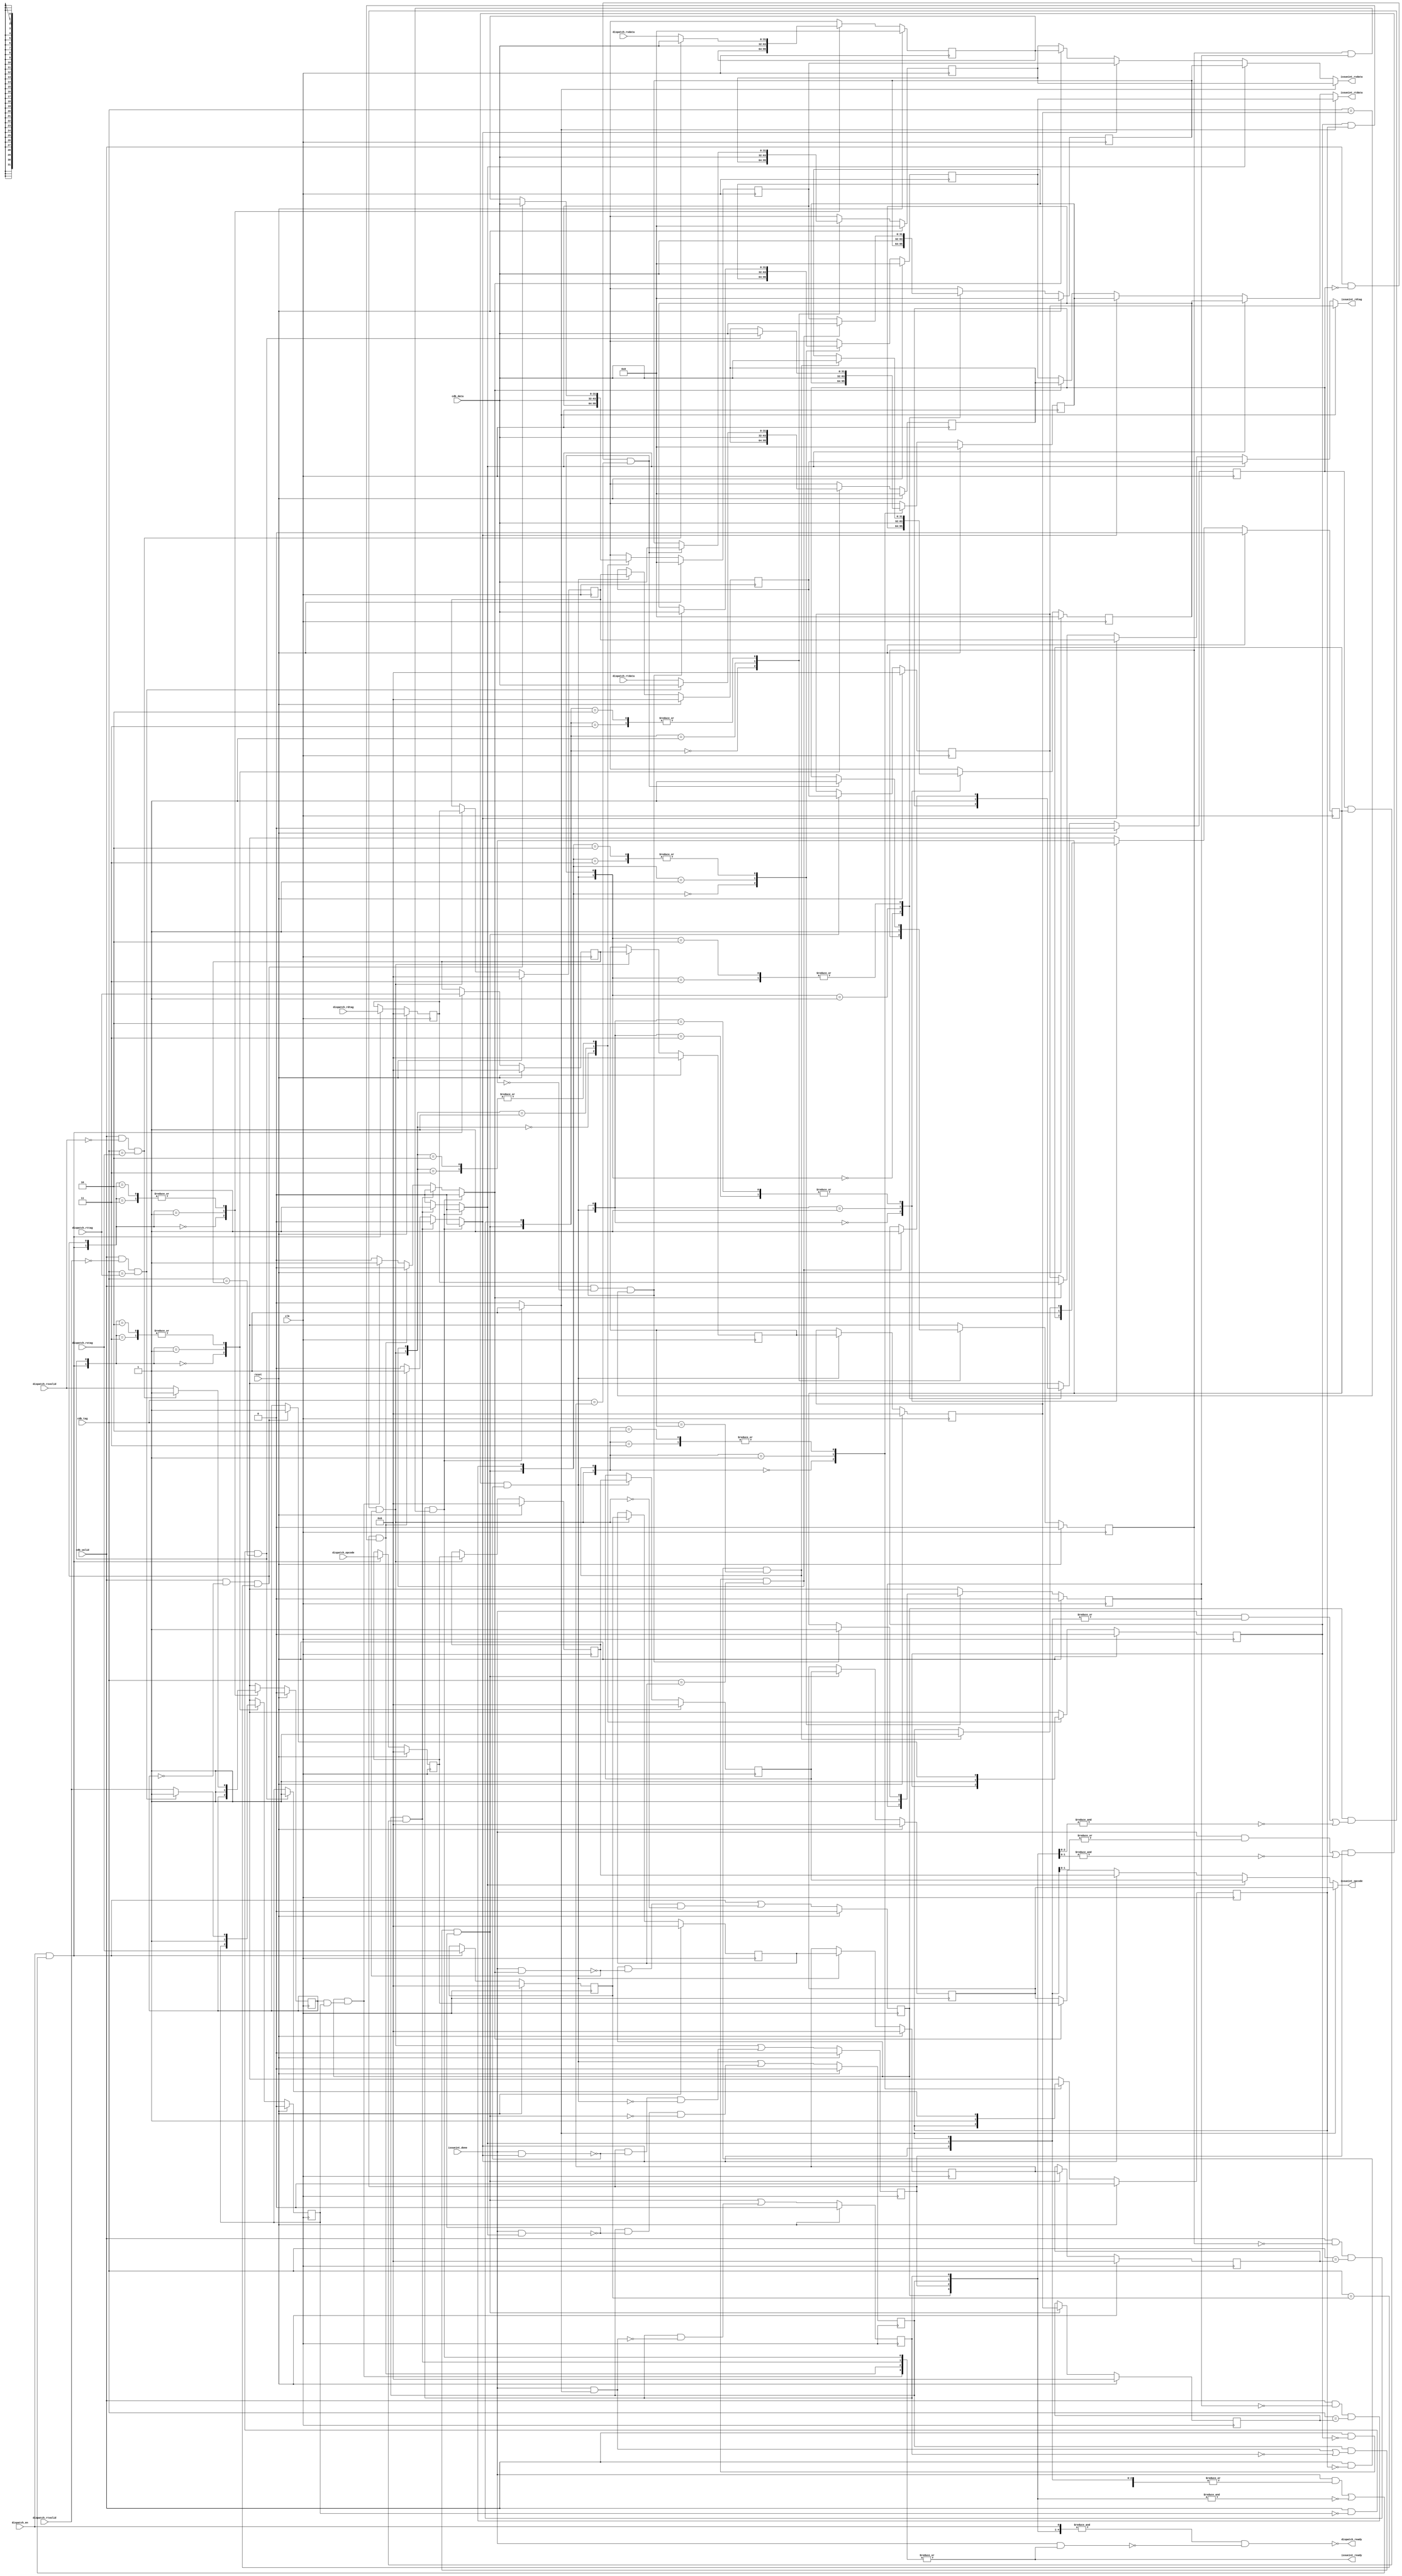

`ifndef EQUEUEINT_V
`define EQUEUEINT_V

`timescale 1ns/1ps

module equeueint (
   input             clk,
   input             reset,

   input      [ 5:0] dispatch_opcode,
   input      [ 5:0] dispatch_rdtag,
   input      [ 5:0] dispatch_rstag,
   input      [ 5:0] dispatch_rttag,
   input      [31:0] dispatch_rsdata,
   input      [31:0] dispatch_rtdata,
   input             dispatch_rsvalid,
   input             dispatch_rtvalid,
   input             dispatch_en,
   output reg        dispatch_ready,

   input      [ 5:0] cdb_tag,
   input      [31:0] cdb_data,
   input             cdb_valid,

   output reg [ 5:0] issueint_opcode,
   output reg [ 5:0] issueint_rdtag,
   output reg [31:0] issueint_rsdata,
   output reg [31:0] issueint_rtdata,
   output reg        issueint_ready,
   input             issueint_done
);

   localparam N_SREG = 4;

   reg [ 5:0] inst_opcode_r [N_SREG:0], inst_opcode [N_SREG-1:0];
   reg [ 5:0] inst_rdtag_r  [N_SREG:0], inst_rdtag  [N_SREG-1:0];
   reg [ 5:0] inst_rstag_r  [N_SREG:0], inst_rstag  [N_SREG-1:0];
   reg [ 5:0] inst_rttag_r  [N_SREG:0], inst_rttag  [N_SREG-1:0];
   reg [31:0] inst_rsdata_r [N_SREG:0], inst_rsdata [N_SREG-1:0];
   reg [31:0] inst_rtdata_r [N_SREG:0], inst_rtdata [N_SREG-1:0];
   reg        inst_rsvalid_r[N_SREG:0], inst_rsvalid[N_SREG-1:0];
   reg        inst_rtvalid_r[N_SREG:0], inst_rtvalid[N_SREG-1:0];
   reg        inst_valid_r  [N_SREG:0], inst_valid  [N_SREG-1:0];

   // RS and RT update require an extra register to ease shifting
   // and updating at the same time. MSB is always zero.
   reg do_rs_update [N_SREG:0];
   reg do_rt_update [N_SREG:0];
   reg do_shift     [N_SREG-1:0];
   reg inst_selected[N_SREG-1:0];
   reg inst_ready   [N_SREG-1:0];

   always @(*) begin : equeueint_fake_reg_proc
      integer i;
      // The top register is fake, it just stores (no flops) the input from
      // dispatch unit. Used to simplify register shifting and updating.
      inst_opcode_r [N_SREG] = dispatch_opcode;
      inst_rdtag_r  [N_SREG] = dispatch_rdtag;
      inst_rstag_r  [N_SREG] = dispatch_rstag;
      inst_rttag_r  [N_SREG] = dispatch_rttag;
      inst_rsdata_r [N_SREG] = dispatch_rsdata;
      inst_rtdata_r [N_SREG] = dispatch_rtdata;
      inst_rsvalid_r[N_SREG] = dispatch_rsvalid;
      inst_rtvalid_r[N_SREG] = dispatch_rtvalid;
      inst_valid_r  [N_SREG] = dispatch_en;
   end

   always @(cdb_valid, inst_valid_r[3], inst_valid_r[2], inst_valid_r[1], inst_valid_r[0], cdb_tag, inst_rsvalid_r[3], inst_rsvalid_r[2], inst_rsvalid_r[1], inst_rsvalid_r[0], inst_rtvalid_r[3], inst_rtvalid_r[2], inst_rtvalid_r[1], inst_rtvalid_r[0],inst_rstag_r[3], inst_rstag_r[2], inst_rstag_r[1], inst_rstag_r[0], inst_rttag_r[3], inst_rttag_r[2], inst_rttag_r[1], inst_rttag_r[0]) begin : equeueint_update_flags_proc
      integer i;
      //for (i = 0; i < N_SREG; i = i + 1) begin
      // Check if both operands have been solved.
      // inst_ready[i] = inst_rsvalid_r[i] & inst_rtvalid_r[i];
      //end
      inst_ready[3] = inst_rsvalid_r[3] & inst_rtvalid_r[3];
      inst_ready[2] = inst_rsvalid_r[2] & inst_rtvalid_r[2];
      inst_ready[1] = inst_rsvalid_r[1] & inst_rtvalid_r[1];
      inst_ready[0] = inst_rsvalid_r[0] & inst_rtvalid_r[0];


      for (i = 0; i < N_SREG + 1; i = i + 1) begin
         // Check if published data from CDB matches a tag in any of the
         // pending instructions.
         do_rs_update[i] = cdb_valid & ~inst_rsvalid_r[i] & cdb_tag == inst_rstag_r[i];
         do_rt_update[i] = cdb_valid & ~inst_rtvalid_r[i] & cdb_tag == inst_rttag_r[i];
      end

      // One hot instruction selector, set to one if instruction is valid and
      // ready to execute.
      for (i = 0; i < N_SREG; i = i + 1) inst_selected[i] = 1'b0;
      begin : equeueint_inst_select_mux
			
			if (inst_valid_r[0] & inst_ready[0]) inst_selected[0] = 1'b1;
			else if (inst_valid_r[1] & inst_ready[1]) inst_selected[1] = 1'b1;
			else if (inst_valid_r[2] & inst_ready[2]) inst_selected[2] = 1'b1;
			else if (inst_valid_r[3] & inst_ready[3]) inst_selected[3] = 1'b1;
      //   for (i = 0; i < N_SREG; i = i + 1) begin
      //      if (inst_valid_r[i] & inst_ready[i]) begin
      //         inst_selected[i] = 1'b1;
      //         disable equeueint_inst_select_mux;
      //      end
      //   end
      end
   end
    
	 reg [N_SREG  :0] valid_r;
	 reg [N_SREG-1:0] selected;

	 
   always @(issueint_done, valid_r[4],valid_r[3],valid_r[2],valid_r[1],valid_r[0],inst_valid_r[4],inst_valid_r[3],inst_valid_r[2],inst_valid_r[1],inst_valid_r[0],selected[3],selected[2],selected[1],selected[0], inst_selected[3], inst_selected[2], inst_selected[1], inst_selected[0]) begin : equeueint_do_shift_calc_proc
      integer i;
		
    
      for (i = 0; i < N_SREG + 1; i = i + 1) valid_r[i]  = inst_valid_r[i];
      for (i = 0; i < N_SREG;     i = i + 1) selected[i] = inst_selected[i];

      //
      // TODO: replace with a for loop. Can't do reduction & or | unless array
      //       boundary is specified as a constant (not as "selected[i:0]").
      //
      // Shift registers when:
      //          +------------+-----------------------------------------------------------+--------------------------------
      //          | Upper reg  |  There is some space available. Some registers are either | Upper register is not
      //          | is valid.  |  disabled or are already being dispatched.                | being dispatched.
      //          +------------+-----------------------------------------------------------+--------------------------------
      do_shift[3] = valid_r[4] & ( (issueint_done & (|selected[3:0])) | ~(&valid_r[3:0]) );
      do_shift[2] = valid_r[3] & ( (issueint_done & (|selected[2:0])) | ~(&valid_r[2:0]) ) & ~(issueint_done & selected[3]);
      do_shift[1] = valid_r[2] & ( (issueint_done & (|selected[1:0])) | ~(&valid_r[1:0]) ) & ~(issueint_done & selected[2]);
      do_shift[0] = valid_r[1] & ( (issueint_done & (|selected[0:0])) | ~(&valid_r[0:0]) ) & ~(issueint_done & selected[1]);
      // Registers are valid when:
      //            +-------------+----------------------------------------------+---------------
      //            | If we shift | Register is not currently being dispatched.  | Lower reg
      //            | current reg |                                              | is stalled.
      //            | then upper  |                                              |
      //            | must be     |                                              |
      //            | valid       |                                              |
      //            +-------------+----------------------------------------------+---------------
      inst_valid[3] = do_shift[3] | ( valid_r[3] & ~(issueint_done & selected[3]) & ~do_shift[2] );
      inst_valid[2] = do_shift[2] | ( valid_r[2] & ~(issueint_done & selected[2]) & ~do_shift[1] );
      inst_valid[1] = do_shift[1] | ( valid_r[1] & ~(issueint_done & selected[1]) & ~do_shift[0] );
      inst_valid[0] = do_shift[0] | ( valid_r[0] & ~(issueint_done & selected[0])                );
   end
	reg [N_SREG-1:0] valid_and_ready;

   always @(issueint_done, inst_valid_r[3], inst_valid_r[2], inst_valid_r[1], inst_valid_r[0],inst_ready[3], inst_ready[2],inst_ready[1],inst_ready[0], inst_opcode_r[3],inst_opcode_r[2],inst_opcode_r[1],inst_opcode_r[0], inst_rdtag_r[3],inst_rdtag_r[2],inst_rdtag_r[1],inst_rdtag_r[0], inst_rsdata_r[0], inst_rtdata_r[0],valid_r[3], valid_r[2], valid_r[1], valid_r[0], valid_and_ready[3],valid_and_ready[2],valid_and_ready[1],valid_and_ready[0]) begin : equeueint_oreg_assign
      integer i;
      // We don't take into account the 'fake' register.
      
      // If at least one instruction is ready, then signal the issue unit to
      // continue.
      for (i = 0; i < N_SREG; i = i + 1) valid_and_ready[i] = inst_valid_r[i] & inst_ready[i];
      issueint_ready = |valid_and_ready;
      // The oldest and valid register is sent to the issue unit. Priority
      // encoder inferred. If no instruction is ready, then assign the
      // register at the bottom.
      issueint_opcode = inst_opcode_r[0];
      issueint_rdtag  = inst_rdtag_r [0];
      issueint_rsdata = inst_rsdata_r[0];
      issueint_rtdata = inst_rtdata_r[0];
      begin : equeueint_regdata_mux
         //for (i = 0; i < N_SREG; i = i + 1) begin
         //   
			//	if (inst_selected[i]) begin
         //      issueint_opcode = inst_opcode_r[i];
         //      issueint_rdtag  = inst_rdtag_r [i];
         //      issueint_rsdata = inst_rsdata_r[i];
         //      issueint_rtdata = inst_rtdata_r[i];
         //      disable equeueint_regdata_mux;
         //   end
			
			if (inst_selected[0]) begin
			     issueint_opcode = inst_opcode_r[0];
              issueint_rdtag  = inst_rdtag_r [0];
              issueint_rsdata = inst_rsdata_r[0];
              issueint_rtdata = inst_rtdata_r[0];
			end
			else if (inst_selected[1]) begin
			     issueint_opcode = inst_opcode_r[1];
              issueint_rdtag  = inst_rdtag_r [1];
              issueint_rsdata = inst_rsdata_r[1];
              issueint_rtdata = inst_rtdata_r[1];
			end
		   else if(inst_selected[2]) begin
			     issueint_opcode = inst_opcode_r[2];
              issueint_rdtag  = inst_rdtag_r [2];
              issueint_rsdata = inst_rsdata_r[2];
              issueint_rtdata = inst_rtdata_r[2];
			end
			else if(inst_selected[3]) begin
			     issueint_opcode = inst_opcode_r[3];
              issueint_rdtag  = inst_rdtag_r [3];
              issueint_rsdata = inst_rsdata_r[3];
              issueint_rtdata = inst_rtdata_r[3];
			end
      end

		  
      // Unless all registers are occupied and issue unit is not ready to
      // process then queue is not considered full because a shift is
      // pending.
      for (i = 0; i < N_SREG; i = i + 1) valid_r[i] = inst_valid_r[i];
      dispatch_ready = ~((&valid_r) & ~(issueint_done & |valid_and_ready));
   end

   always @(do_rs_update[3], do_rs_update[2], do_rs_update[1], do_rs_update[0], do_rt_update[3], do_rt_update[2], do_rt_update[1], do_rt_update[0]) begin : equeueint_shift_proc
      integer i;
      for (i = 0; i < N_SREG; i = i + 1) begin
         inst_opcode[i] = (do_shift[i]) ? inst_opcode_r[i+1] : inst_opcode_r[i];
         inst_rdtag [i] = (do_shift[i]) ? inst_rdtag_r [i+1] : inst_rdtag_r [i];
         inst_rstag [i] = (do_shift[i]) ? inst_rstag_r [i+1] : inst_rstag_r [i];
         inst_rttag [i] = (do_shift[i]) ? inst_rttag_r [i+1] : inst_rttag_r [i];

         // Select if data is taken from CDB (update) or the previous register
         // (shift).
         case ({do_shift[i], do_rs_update[i]})
            2'b00: begin inst_rsdata[i] = inst_rsdata_r[i];   inst_rsvalid[i] = inst_rsvalid_r[i];   end
            2'b01: begin inst_rsdata[i] = cdb_data;           inst_rsvalid[i] = 1'b1;                end
            2'b11: begin
               inst_rsdata[i]  = (do_rs_update[i+1]) ? cdb_data : inst_rsdata_r[i+1];
               inst_rsvalid[i] = (do_rs_update[i+1]) ? 1'b1     : inst_rsvalid_r[i+1]; end
            2'b10: begin
               inst_rsdata[i]  = (do_rs_update[i+1]) ? cdb_data : inst_rsdata_r[i+1];
               inst_rsvalid[i] = (do_rs_update[i+1]) ? 1'b1     : inst_rsvalid_r[i+1];
            end
         endcase
         case ({do_shift[i], do_rt_update[i]})
            2'b00: begin inst_rtdata[i] = inst_rtdata_r[i];   inst_rtvalid[i] = inst_rtvalid_r[i];   end
            2'b01: begin inst_rtdata[i] = cdb_data;           inst_rtvalid[i] = 1'b1;                end
            2'b11: begin
               inst_rtdata[i]  = (do_rt_update[i+1]) ? cdb_data : inst_rtdata_r[i+1];
               inst_rtvalid[i] = (do_rt_update[i+1]) ? 1'b1     : inst_rtvalid_r[i+1]; end
            2'b10: begin
               inst_rtdata[i]  = (do_rt_update[i+1]) ? cdb_data : inst_rtdata_r[i+1];
               inst_rtvalid[i] = (do_rt_update[i+1]) ? 1'b1     : inst_rtvalid_r[i+1];
            end
         endcase
      end
   end

   always @(posedge clk) begin : equeueint_inst_reg
      integer i;
      //for (i = 0; i < 4; i = i + 1) begin
         inst_opcode_r [3] <= (reset) ? 'h0 : inst_opcode [3];
         inst_rdtag_r  [3] <= (reset) ? 'h0 : inst_rdtag  [3];
         inst_rstag_r  [3] <= (reset) ? 'h0 : inst_rstag  [3];
         inst_rttag_r  [3] <= (reset) ? 'h0 : inst_rttag  [3];
         inst_rsdata_r [3] <= (reset) ? 'h0 : inst_rsdata [3];
         inst_rtdata_r [3] <= (reset) ? 'h0 : inst_rtdata [3];
         inst_rsvalid_r[3] <= (reset) ? 'h0 : inst_rsvalid[3];
         inst_rtvalid_r[3] <= (reset) ? 'h0 : inst_rtvalid[3];
         inst_valid_r  [3] <= (reset) ? 'h0 : inst_valid  [3];
			inst_opcode_r [2] <= (reset) ? 'h0 : inst_opcode [2];
         inst_rdtag_r  [2] <= (reset) ? 'h0 : inst_rdtag  [2];
         inst_rstag_r  [2] <= (reset) ? 'h0 : inst_rstag  [2];
         inst_rttag_r  [2] <= (reset) ? 'h0 : inst_rttag  [2];
         inst_rsdata_r [2] <= (reset) ? 'h0 : inst_rsdata [2];
         inst_rtdata_r [2] <= (reset) ? 'h0 : inst_rtdata [2];
         inst_rsvalid_r[2] <= (reset) ? 'h0 : inst_rsvalid[2];
         inst_rtvalid_r[2] <= (reset) ? 'h0 : inst_rtvalid[2];
         inst_valid_r  [2] <= (reset) ? 'h0 : inst_valid  [2];
			inst_opcode_r [1] <= (reset) ? 'h0 : inst_opcode [1];
         inst_rdtag_r  [1] <= (reset) ? 'h0 : inst_rdtag  [1];
         inst_rstag_r  [1] <= (reset) ? 'h0 : inst_rstag  [1];
         inst_rttag_r  [1] <= (reset) ? 'h0 : inst_rttag  [1];
         inst_rsdata_r [1] <= (reset) ? 'h0 : inst_rsdata [1];
         inst_rtdata_r [1] <= (reset) ? 'h0 : inst_rtdata [1];
         inst_rsvalid_r[1] <= (reset) ? 'h0 : inst_rsvalid[1];
         inst_rtvalid_r[1] <= (reset) ? 'h0 : inst_rtvalid[1];
         inst_valid_r  [1] <= (reset) ? 'h0 : inst_valid  [1];
			inst_opcode_r [0] <= (reset) ? 'h0 : inst_opcode [0];
         inst_rdtag_r  [0] <= (reset) ? 'h0 : inst_rdtag  [0];
         inst_rstag_r  [0] <= (reset) ? 'h0 : inst_rstag  [0];
         inst_rttag_r  [0] <= (reset) ? 'h0 : inst_rttag  [0];
         inst_rsdata_r [0] <= (reset) ? 'h0 : inst_rsdata [0];
         inst_rtdata_r [0] <= (reset) ? 'h0 : inst_rtdata [0];
         inst_rsvalid_r[0] <= (reset) ? 'h0 : inst_rsvalid[0];
         inst_rtvalid_r[0] <= (reset) ? 'h0 : inst_rtvalid[0];
         inst_valid_r  [0] <= (reset) ? 'h0 : inst_valid  [0];
      //end
   end

endmodule

`endif